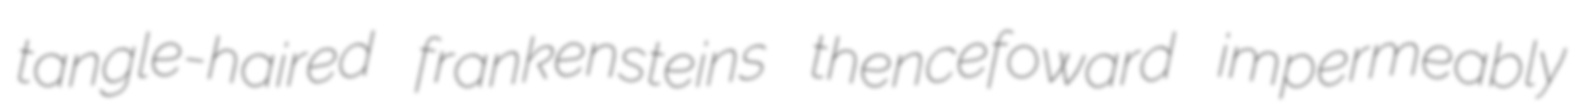
tangle-haired frankensteins thencefoward impermeably